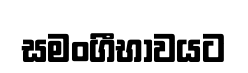
සමංගීභාවයට